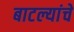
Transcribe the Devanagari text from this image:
बाटल्यांचे